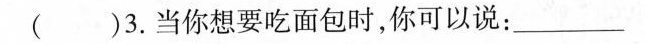
( )3.当你想要吃面包时,你可以说: ___